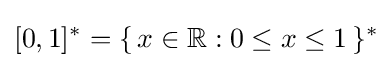
[0,1]^{\ast }=\{\,x\in \mathbb {R} :0\leq x\leq 1\,\}^{\ast }